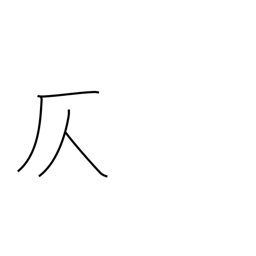
Meaning: suggest